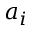
a _ { i }